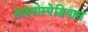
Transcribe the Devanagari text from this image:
हाइपोस्पेडियास